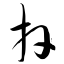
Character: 卉